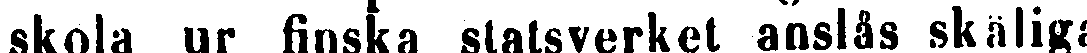
skola ur finska statsverket anslås skäliga